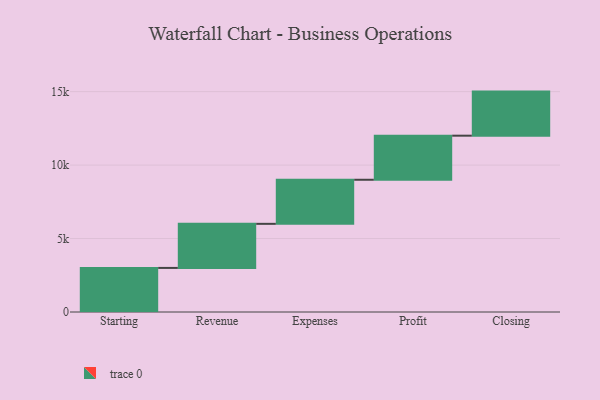
{"axis": {"x": "Step", "y": "Value"}, "legend": [""], "data": [{"x": "Starting", "y": 3000, "type": ""}, {"x": "Revenue", "y": 3000, "type": ""}, {"x": "Expenses", "y": 3000, "type": ""}, {"x": "Profit", "y": 3000, "type": ""}, {"x": "Closing", "y": 3000, "type": ""}]}